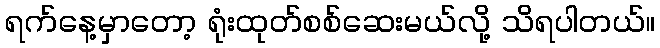
ရက်နေ့မှာတော့ ရုံးထုတ်စစ်ဆေးမယ်လို့ သိရပါတယ်။